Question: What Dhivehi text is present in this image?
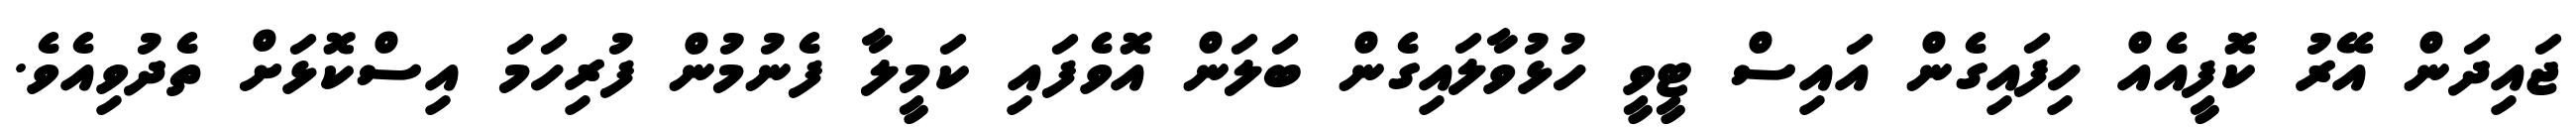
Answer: ޖައިދަން އޭރު ކޮފީއެއް ހިފައިގެން އައިސް ޓީވީ ހުޅުވާލައިގެން ބަލަން އޮވެފައި ކަމީލާ ފެނުމުން ފުރިހަމަ އިސްކޮޅަށް ތެދުވިއެވެ.